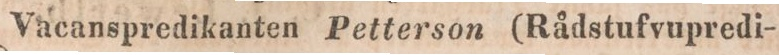
Vacanspredikanten Petterson (Rådstufvupredi-